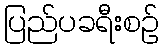
ပြည်ပခရီးစဉ်